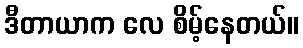
ဒီတာယာက လေ စိမ့်နေတယ်။